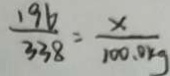
\frac { 1 9 6 } { 3 3 8 } = \frac { x } { 1 0 0 . 0 k g }